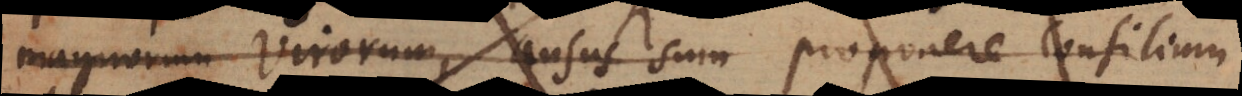
magnorum virorum usus sum proponere Consilium